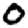
Digit: 0